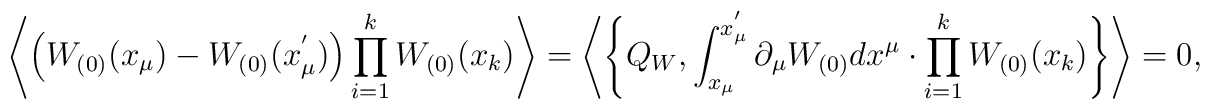
\left\langle \left(W_{(0)}(x_{\mu}) - W_{(0)}(x_{\mu}^{'})\right)  \prod_{i=1}^{k} W_{(0)}(x_{k}) \right\rangle =  \left\langle \left\{ Q_{W},  \int_{x_{\mu}}^{x_{\mu}^{'}}  \partial_{\mu}W_{(0)} dx^{\mu} \cdot  \prod_{i=1}^{k} W_{(0)}(x_{k})\right\}  \right\rangle = 0,